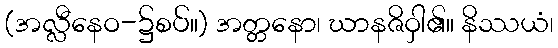
(အလ္လီနေဝ-၌စပ်။) အတ္တနော၊ ဃာနဇိဝှါ၏။ နိဿယံ၊